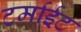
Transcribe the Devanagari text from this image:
टर्माईट